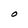
Character: O